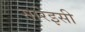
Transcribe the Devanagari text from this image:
सारेइसी